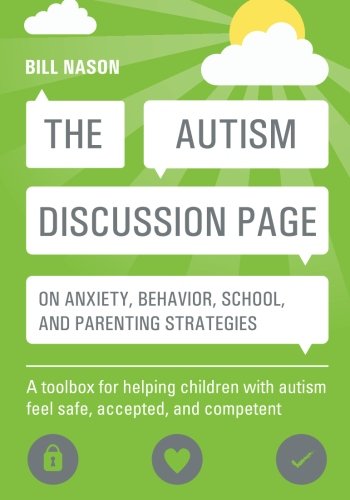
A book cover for The Autism Discussion Page on anxiety, behavior, school, and parenting strategies: A toolbox for helping children with autism feel safe, accepted, and competent; Bill Nason; Parenting & Relationships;